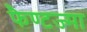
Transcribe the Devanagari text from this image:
फैण्टज्मा